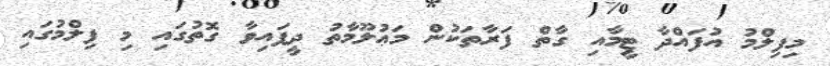
މިފިލްމު އުފައްދާ ޓީމާއި ގާތް ފަރާތަކުން މަޢުލޫމާތު ދީފައިވާ ގޮތުގައި މި ފިލްމުގައި